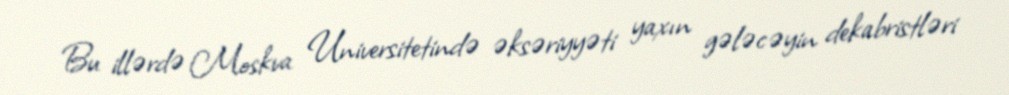
Bu illərdə Moskva Universitetində əksəriyyəti yaxın gələcəyin dekabristləri